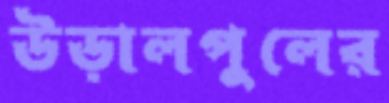
উড়ালপুলের